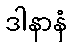
ဒါနာနံ